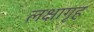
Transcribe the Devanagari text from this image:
लक्षागृह